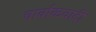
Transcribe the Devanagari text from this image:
चार्वाकवादी